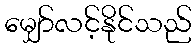
မျှော်လင့်နိုင်သည်